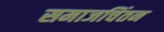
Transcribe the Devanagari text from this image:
समाजचिंतन